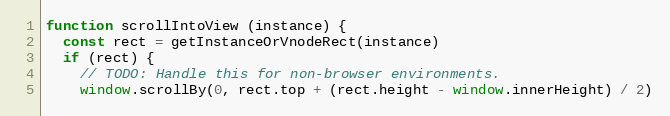
Language: JavaScript
function scrollIntoView (instance) {
  const rect = getInstanceOrVnodeRect(instance)
  if (rect) {
    // TODO: Handle this for non-browser environments.
    window.scrollBy(0, rect.top + (rect.height - window.innerHeight) / 2)